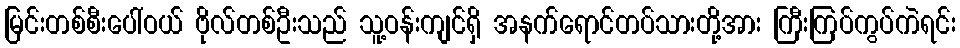
မြင်းတစ်စီးပေါ်ဝယ် ဗိုလ်တစ်ဦးသည် သူ့ဝန်းကျင်ရှိ အနက်ရောင်တပ်သားတို့အား ကြီးကြပ်ကွပ်ကဲရင်း